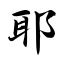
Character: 耶